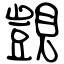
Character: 覬